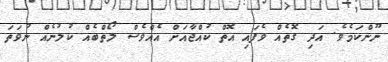
ނޫންކަމެވެ. އަދި ގޮތެއް ވެފައި އޮތް ކުއްޖާއަށް އެއްވެސް ލޯތްބެއް ކުލުނެއް ނުވަތަ